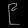
Digit: ၉